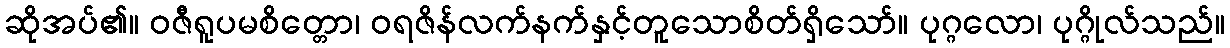
ဆိုအပ်၏။ ဝဇီရူပမစိတ္တော၊ ဝရဇိန်လက်နက်နှင့်တူသောစိတ်ရှိသော်။ ပုဂ္ဂလော၊ ပုဂ္ဂိုလ်သည်။